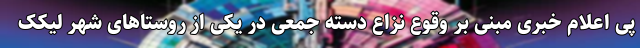
پی اعلام خبری مبنی بر وقوع نزاع دسته جمعی در یکی از روستاهای شهر لیکک